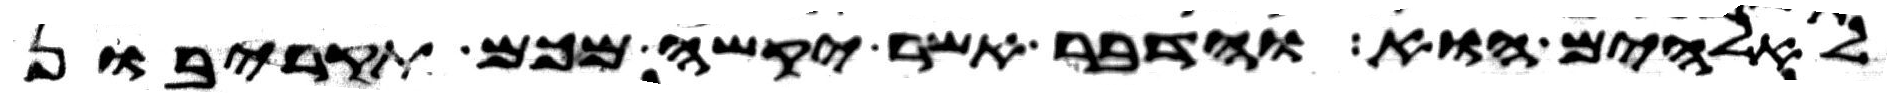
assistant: לאלהים הוא והדבר אשר יקשה מכם תקריבון